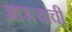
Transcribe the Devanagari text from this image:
आरत्याची